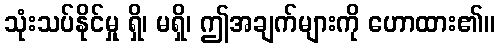
သုံးသပ်နိုင်မှု ရှိ၊ မရှိ၊ ဤအချက်များကို ဟောထား၏။